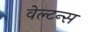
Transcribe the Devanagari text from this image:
वेल्टन्स